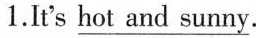
1. It's \underline{hot and sunny }.